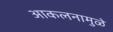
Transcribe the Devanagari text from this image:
आकलनामुळे